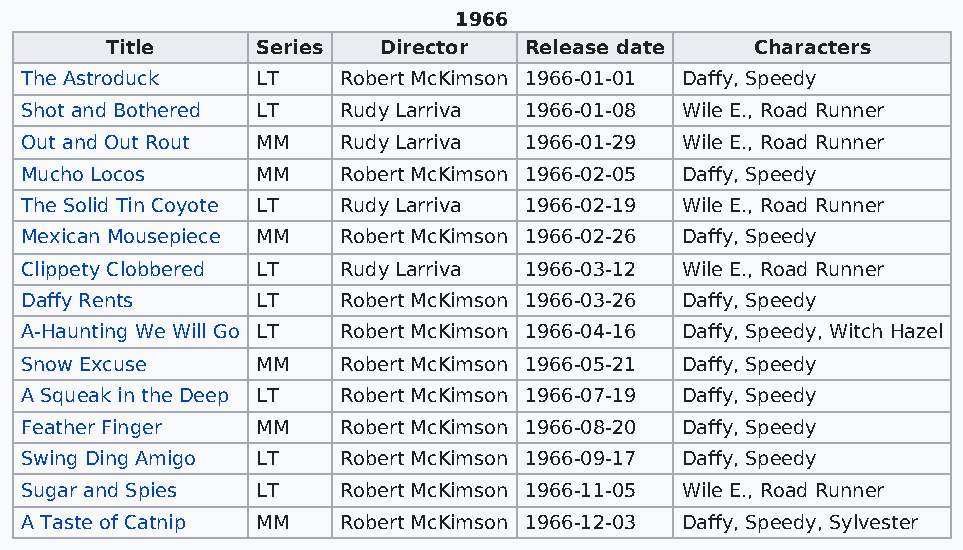
1966
 Title     Series  Director  Release date   Characters
 The Astroduck   LT   Robert McKimson 1966-01-01 Daffy, Speedy
 Shot and Bothered LT Rudy Larriva 1966-01-08 Wile E., Road Runner
 Out and Out Rout MM  Rudy Larriva 1966-01-29 Wile E., Road Runner
 Mucho Locos     MM   Robert McKimson 1966-02-05 Daffy, Speedy
 The Solid Tin Coyote LT Rudy Larriva 1966-02-19 Wile E., Road Runner
 Mexican Mousepiece MM Robert McKimson 1966-02-26 Daffy, Speedy
 Clippety Clobbered LT Rudy Larriva 1966-03-12 Wile E., Road Runner
 Daffy Rents     LT   Robert McKimson 1966-03-26 Daffy, Speedy
 A-Haunting We Will Go LT Robert McKimson 1966-04-16 Daffy, Speedy, Witch Hazel
 Snow Excuse     MM   Robert McKimson 1966-05-21 Daffy, Speedy
 A Squeak in the Deep LT Robert McKimson 1966-07-19 Daffy, Speedy
 Feather Finger  MM   Robert McKimson 1966-08-20 Daffy, Speedy
 Swing Ding Amigo LT  Robert McKimson 1966-09-17 Daffy, Speedy
 Sugar and Spies LT   Robert McKimson 1966-11-05 Wile E., Road Runner
 A Taste of Catnip MM Robert McKimson 1966-12-03 Daffy, Speedy, Sylvester